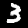
Digit: 3